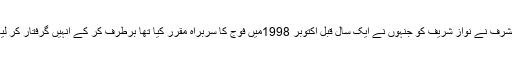
12 اکتوبر کو وطن واپس آتے ہی جنرل مشرف نے نواز شریف کو جنہوں نے ایک سال قبل اکتوبر 1998میں فوج کا سربراہ مقرر کیا تھا برطرف کر کے انہیں گرفتار کر لیا اور انہیں سعودی عرب جلا وطن کر دیا۔